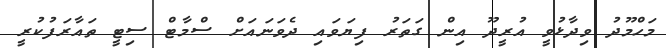
މަހްމޫދު ވިދާޅުވީ އުރީދޫ އިން ގަތަރު ފިޔަވައި ދެވަނައަށް ސްމާޓް ސިޓީ ތައާރަފުކުރީ